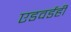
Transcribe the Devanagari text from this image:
एडवर्डही